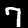
Digit: 7